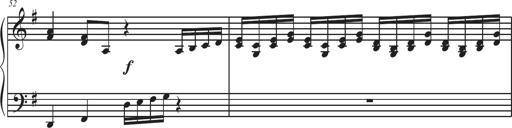
Title: Sonatina Espania
Composer: Jerald Franklin Archer
Key: Various